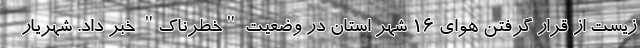
زیست از قرار گرفتن هوای ۱۶ شهر استان در وضعیت "خطرناک" خبر داد. شهریار